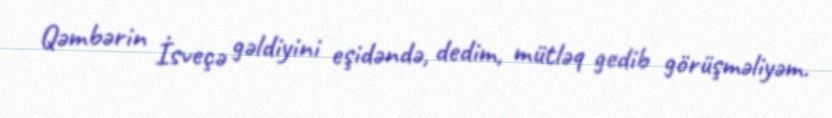
Qəmbərin İsveçə gəldiyini eşidəndə, dedim, mütləq gedib görüşməliyəm.